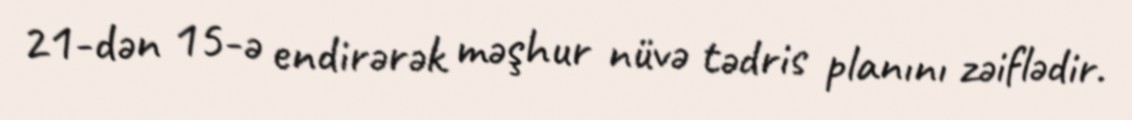
21-dən 15-ə endirərək məşhur nüvə tədris planını zəiflədir.